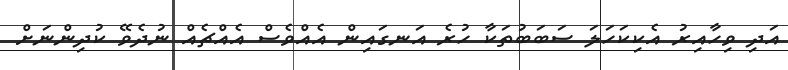
އަދި ވިހާއިރު އެކިކަހަލަ ސަބަބުތަކާ ހުރެ އަނގައިން އެއްވެސް އެއްޗެއް ނުދެވޭ ކުދިންނަށް